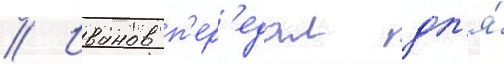
// Иванов п'ер'едал дл'я́